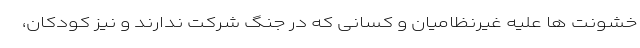
خشونت ها علیه غیرنظامیان و کسانی که در جنگ شرکت ندارند و نیز کودکان،